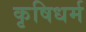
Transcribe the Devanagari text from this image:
कृषिधर्म